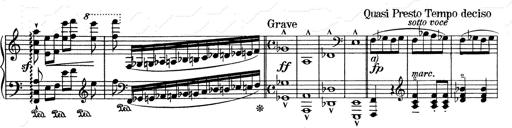
Title: RÃ©miniscences de Don Juan
Composer: Franz Liszt